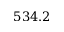
5 3 4 . 2